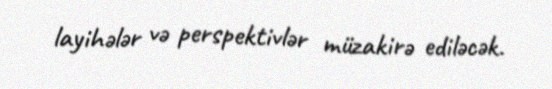
layihələr və perspektivlər müzakirə ediləcək.